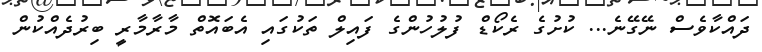
ދަައްކާވެސް ނޭގޭނެ... ކުށުގެ ރެކޯޑް ފުލުހުންގެ ފައިލް ތަކުގައި އެބައޮތް މާރާމާރީ ބިރުދެއްކުން